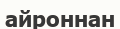
айроннан